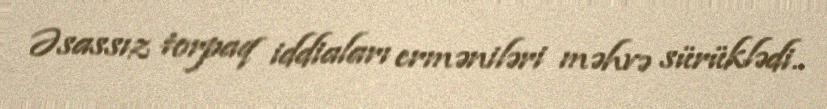
Əsassız torpaq iddiaları erməniləri məhvə sürüklədi..